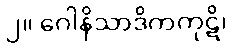
၂။ ဂေါနိသာဒိကကုဋိ၊